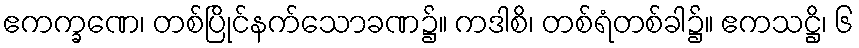
ဧကက္ခဏေ၊ တစ်ပြိုင်နက်သောခဏ၌။ ကဒါစိ၊ တစ်ရံတစ်ခါ၌။ ဧကသဋ္ဌိ၊ ၆